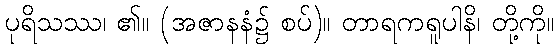
ပုရိသဿ၊ ၏။ (အဇာနနံ၌ စပ်)။ တာရကရူပါနိ၊ တို့ကို။